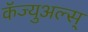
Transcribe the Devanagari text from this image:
कॅज्युअल्स्